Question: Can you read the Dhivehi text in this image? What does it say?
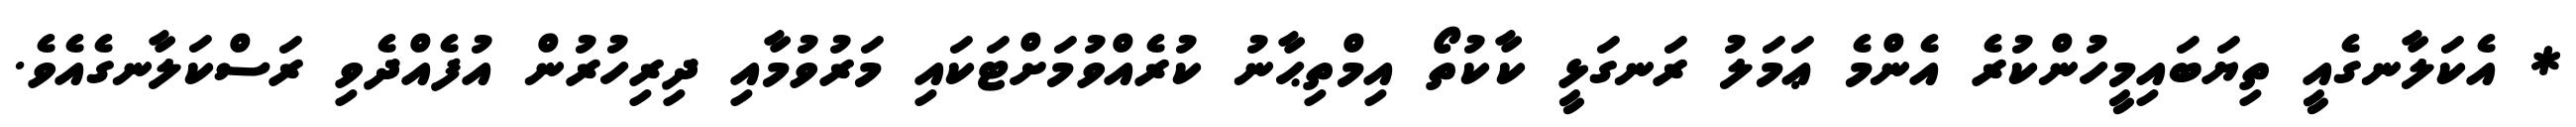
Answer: * އެކަލާނގެއީ ތިޔަބައިމީހުންކުރެ އެންމެ ޢަމަލު ރަނގަޅީ ކާކުތޯ އިމްތިޙާނު ކުރެއްވުމަށްޓަކައި މަރުވުމާއި ދިރިހުރުން އުފެއްދެވި ރަސްކަލާނގެއެވެ.